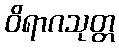
ဝိရာဂသုတ္တ